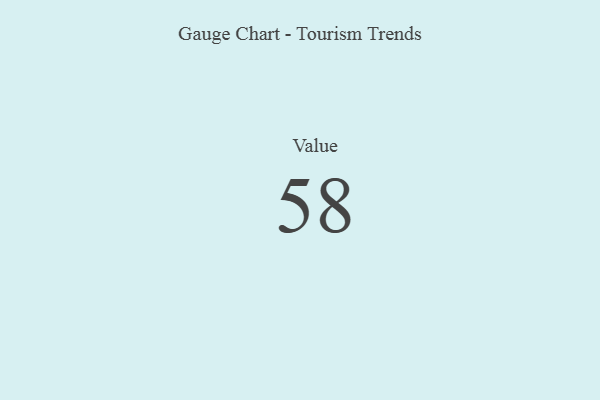
{"axis": {"x": "Metric", "y": "Value"}, "legend": [""], "data": [{"x": "Value", "y": 58, "type": ""}]}